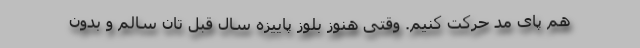
هم پای مد حرکت کنیم. وقتی هنوز بلوز پاییزه سال قبل تان سالم و بدون